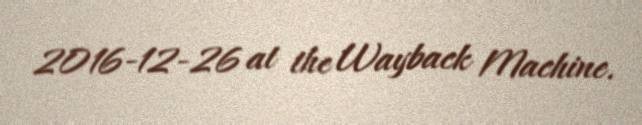
2016-12-26 at the Wayback Machine.